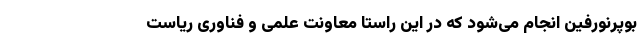
بوپرنورفین انجام می‌شود که در این راستا معاونت علمی و فناوری ریاست